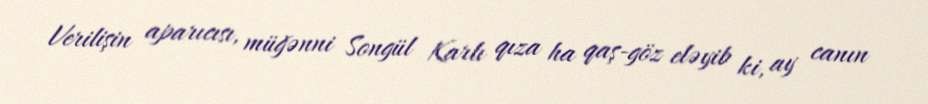
Verilişin aparıcısı, müğənni Songül Karlı qıza ha qaş-göz eləyib ki, ay canın